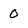
Character: 0